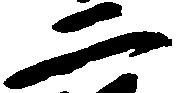
二